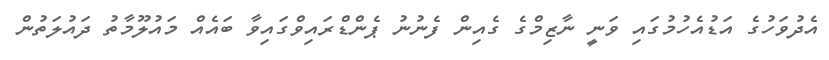
އެދުވަހުގެ އަޑުއެހުމުގައި ވަނީ ނާޒިމްގެ ގެއިން ފެނުނު ޕެންޑްރައިވްގައިވާ ބައެއް މައުލޫމާތު ދައުލަތުން